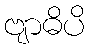
ဗျာဓိပိ